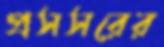
প্রসসরের